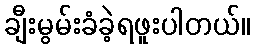
ချီးမွမ်းခံခဲ့ရဖူးပါတယ်။